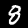
Label: 8